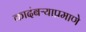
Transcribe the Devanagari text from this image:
कादंबऱ्याप्रमाणे